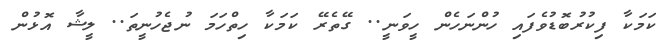
ކަމަކާ ފިކުރުބޮޑުވެފައި ހުންނަހެން ހީވަނީ.. ގޭތެރޭ ކަމަކާ ހިތްހަމަ ނުޖެހުނީތަ.. ލީޝާ އޮޅުން